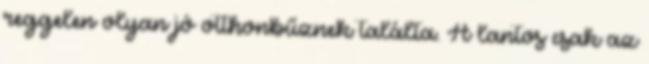
reggelen olyan jó otthonbűznek találta. A lantos csak az